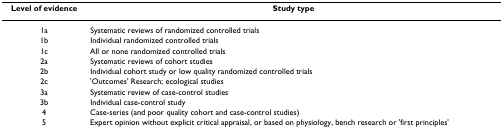
<table><thead><tr><td><b>Level of evidence</b></td><td><b>Study type</b></td></tr></thead><tbody><tr><td>1a</td><td>Systematic reviews of randomized controlled trials</td></tr><tr><td>1b</td><td>Individual randomized controlled trials</td></tr><tr><td>1c</td><td>All or none randomized controlled trials</td></tr><tr><td>2a</td><td>Systematic reviews of cohort studies</td></tr><tr><td>2b</td><td>Individual cohort study or low quality randomized controlled trials</td></tr><tr><td>2c</td><td>&#x27;Outcomes&#x27; Research; ecological studies</td></tr><tr><td>3a</td><td>Systematic review of case-control studies</td></tr><tr><td>3b</td><td>Individual case-control study</td></tr><tr><td>4</td><td>Case-series (and poor quality cohort and case-control studies)</td></tr><tr><td>5</td><td>Expert opinion without explicit critical appraisal, or based on physiology, bench research or &#x27;first principles&#x27;</td></tr></tbody></table>